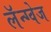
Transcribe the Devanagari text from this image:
लॅन्ग्वेज